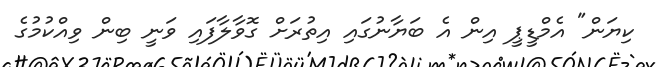
ކިޔަން" އެމްޑީޕީ އިން އެ ބަޔާނުގައި އިތުރަށް ގޮވާލާފައި ވަނީ ބިން ވިއްކުމުގެ